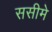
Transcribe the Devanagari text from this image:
ससीमे